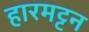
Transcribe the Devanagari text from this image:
हारमट्टन